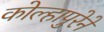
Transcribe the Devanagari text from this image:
कोल्हापुरेने